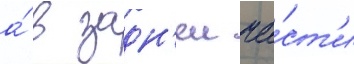
а́ в задн'еи ча́ст'и